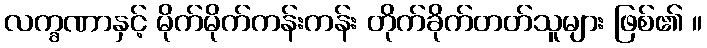
လက္ခဏာနှင့် မိုက်မိုက်ကန်းကန်း တိုက်ခိုက်တတ်သူများ ဖြစ်၏ ။